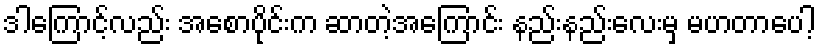
ဒါကြောင့်လည်း အစောပိုင်းက ဆာတဲ့အကြောင်း နည်းနည်းလေးမှ မဟတာပေါ့